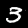
Label: 3